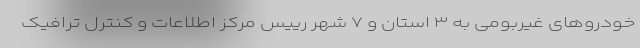
خودروهای غیربومی به ۳ استان و ۷ شهر رییس مرکز اطلاعات و کنترل ترافیک